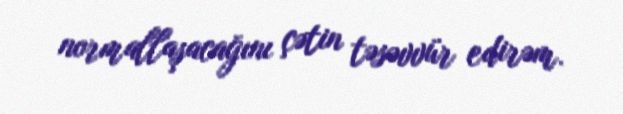
normallaşacağını çətin təsəvvür edirəm.